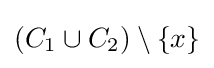
(C_{1}\cup C_{2})\setminus \{x\}